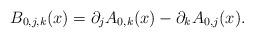
LaTeX: \begin{align*}B_{0,j,k}(x)=\partial_jA_{0,k}(x)-\partial_kA_{0,j}(x).\end{align*}